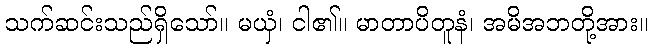
သက်ဆင်းသည်ရှိသော်။ မယှံ၊ ငါ၏။ မာတာပိတူနံ၊ အမိအဘတို့အား။